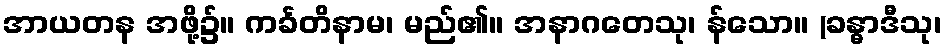
အာယတန အဖို့၌။ ကင်္ခတိနာမ၊ မည်၏။ အနာဂတေသု၊ န်သော။ (ခန္ဓာဒီသု၊